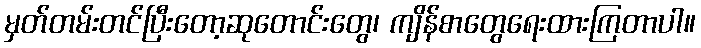
မှတ်တမ်းတင်ပြီးတော့ဆုတောင်းတွေ၊ ကျိန်စာတွေရေးထားကြတာပါ။